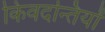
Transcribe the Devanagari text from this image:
किवदन्तियों